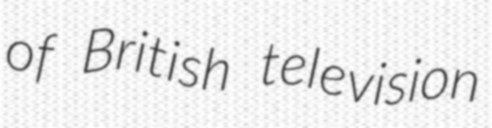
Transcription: of British television